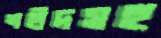
শহীদসহ